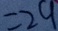
= 2 9